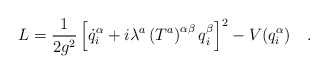
\begin{align*}L=\frac{1}{2g^2}\left[\dot{q}^\alpha_i+i\lambda^a\left(T^a\right)^{\alpha\beta}q^\beta_i\right]^2-V(q^\alpha_i)\ \ \ .\end{align*}